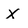
Character: X